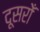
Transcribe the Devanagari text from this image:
दूसरोँ